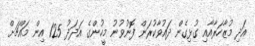
އަދި މުޒާހަރާއާއި ގުޅިގެން ދައުވާކުރަން ފޮނުވުނު މީހުންގެ އަދަދު 125 އިން މައްޗަށް